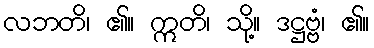
လဘတိ၊ ၏။ ဣတိ၊ သို့။ ဒဋ္ဌဗ္ဗံ၊ ၏။